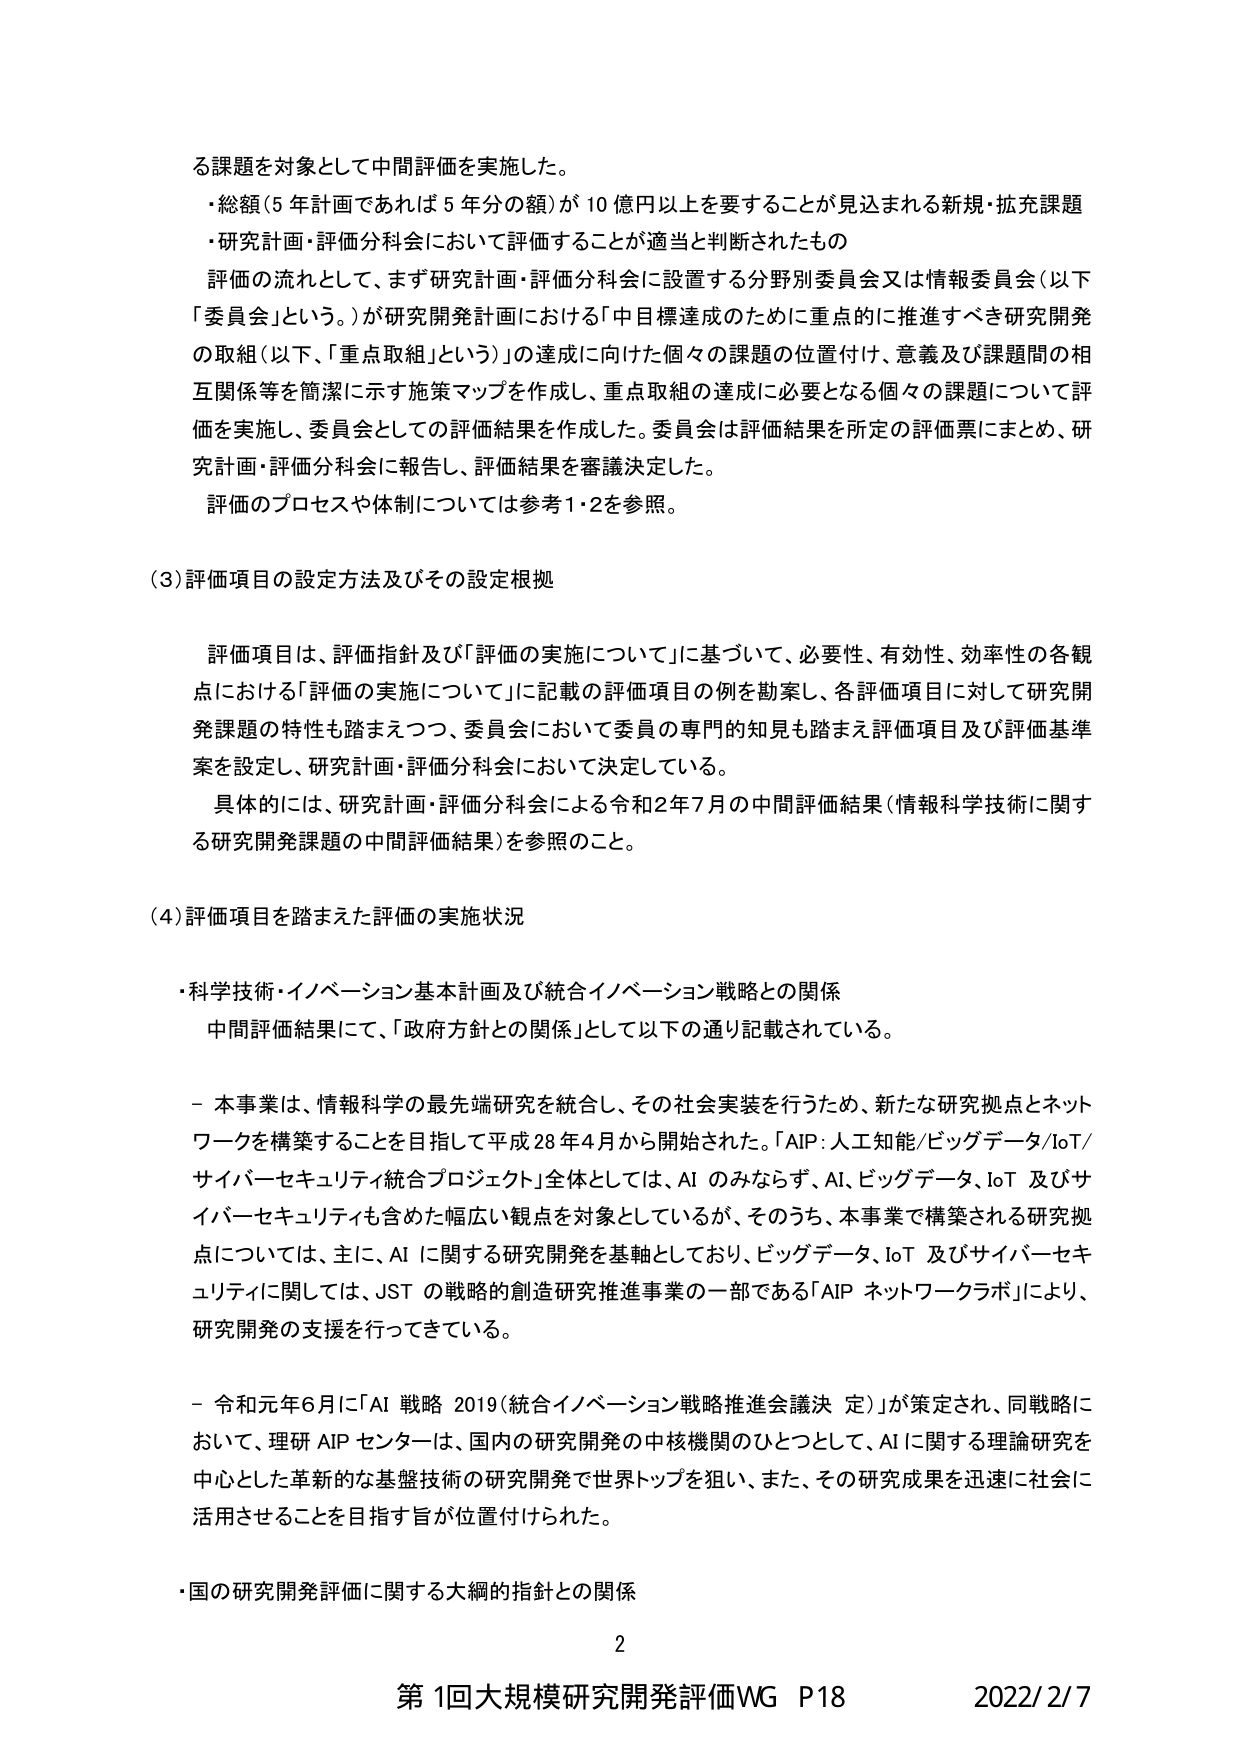
る課題を対象として中間評価を実施した。
・総額（5年計画であれば5年分の額）が10億円以上を要することが見込まれる新規・拡充課題
・研究計画・評価分科会において評価することが適当と判断されたもの

評価の流れとして、まず研究計画・評価分科会に設置する分野別委員会又は情報委員会（以下「委員会」という。）が研究開発計画における「中目標達成のために重点的に推進すべき研究開発の取組（以下、「重点取組」という）」の達成に向けた個々の課題の位置付け、意義及び課題間の相互関係等を簡潔に示す施策マップを作成し、重点取組の達成に必要となる個々の課題について評価を実施し、委員会としての評価結果を作成した。委員会は評価結果を所定の評価票にまとめ、研究計画・評価分科会に報告し、評価結果を審議決定した。

評価のプロセスや体制については参考1・2を参照。

（3）評価項目の設定方法及びその設定根拠

評価項目は、評価指針及び「評価の実施について」に基づいて、必要性、有効性、効率性の各観点における「評価の実施について」に記載の評価項目の例を勘案し、各評価項目に対して研究開発課題の特性も踏まえつつ、委員会において委員の専門的知見も踏まえ評価項目及び評価基準案を設定し、研究計画・評価分科会において決定している。

具体的には、研究計画・評価分科会による令和2年7月の中間評価結果（情報科学技術に関する研究開発課題の中間評価結果）を参照のこと。

（4）評価項目を踏まえた評価の実施状況

・科学技術・イノベーション基本計画及び統合イノベーション戦略との関係
　中間評価結果にて、「政府方針との関係」として以下の通り記載されている。

　－本事業は、情報科学の最先端研究を統合し、その社会実装を行うため、新たな研究拠点とネットワークを構築することを目指して平成28年4月から開始された。「AIP：人工知能/ビッグデータ/IoT/サイバーセキュリティ統合プロジェクト」全体としては、AIのみならず、AI、ビッグデータ、IoT及びサイバーセキュリティも含めた幅広い観点を対象としているが、そのうち、本事業で構築される研究拠点については、主に、AIに関する研究開発を基軸としており、ビッグデータ、IoT及びサイバーセキュリティに関しては、JSTの戦略的創造研究推進事業の一部である「AIPネットワークラボ」により、研究開発の支援を行ってきている。

　－令和元年6月に「AI戦略2019（統合イノベーション戦略推進会議決定）」が策定され、同戦略において、理研AIPセンターは、国内の研究開発の中核機関のひとつとして、AIに関する理論研究を中心とした革新的な基盤技術の研究開発で世界トップを狙い、また、その研究成果を迅速に社会に活用させることを目指す旨が位置付けられた。

・国の研究開発評価に関する大綱的指針との関係

2
第1回大規模研究開発評価WG P18 2022/2/7